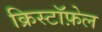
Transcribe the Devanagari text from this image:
क्रिस्टॉफ़ेल